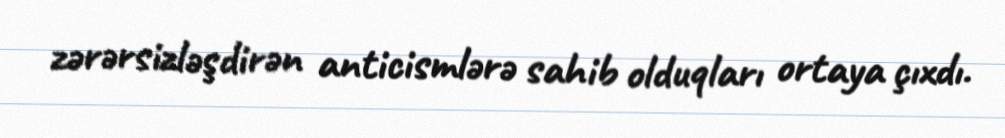
zərərsizləşdirən anticismlərə sahib olduqları ortaya çıxdı.